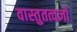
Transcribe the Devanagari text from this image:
वास्तुतत्वज्ञों